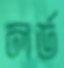
লর্ড